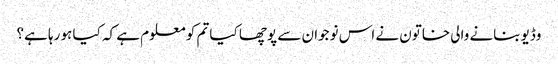
وڈیو بنانے والی خاتون نے اس نوجوان سے پوچھا کیا تم کو معلوم ہے کہ کیا ہو رہا ہے؟